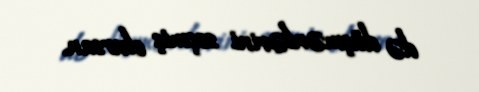
də düşmənlərini seçmiş olursan.